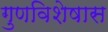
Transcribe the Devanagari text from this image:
गुणविशेषास